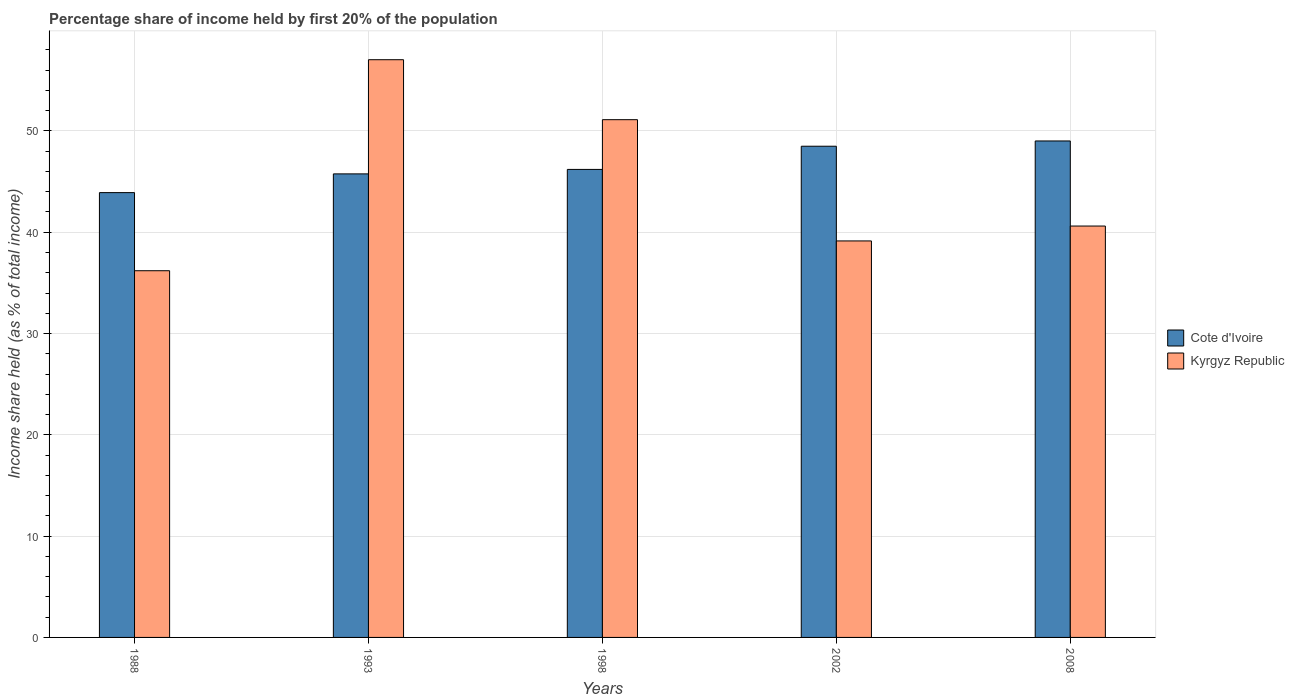
| Years | Cote d'Ivoire | Kyrgyz Republic |
 | --- | --- | --- |
 | 1988 | 43.9 | 36.2 |
 | 1993 | 45.8 | 57 |
 | 1998 | 46.2 | 51.1 |
 | 2002 | 48.5 | 39.1 |
 | 2008 | 49 | 40.6 |